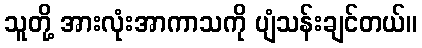
သူတို့ အားလုံးအာကာသကို ပျံသန်းချင်တယ်။